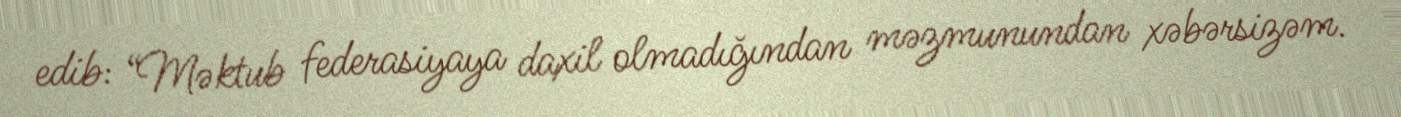
edib: “Məktub federasiyaya daxil olmadığından məzmunundan xəbərsizəm.